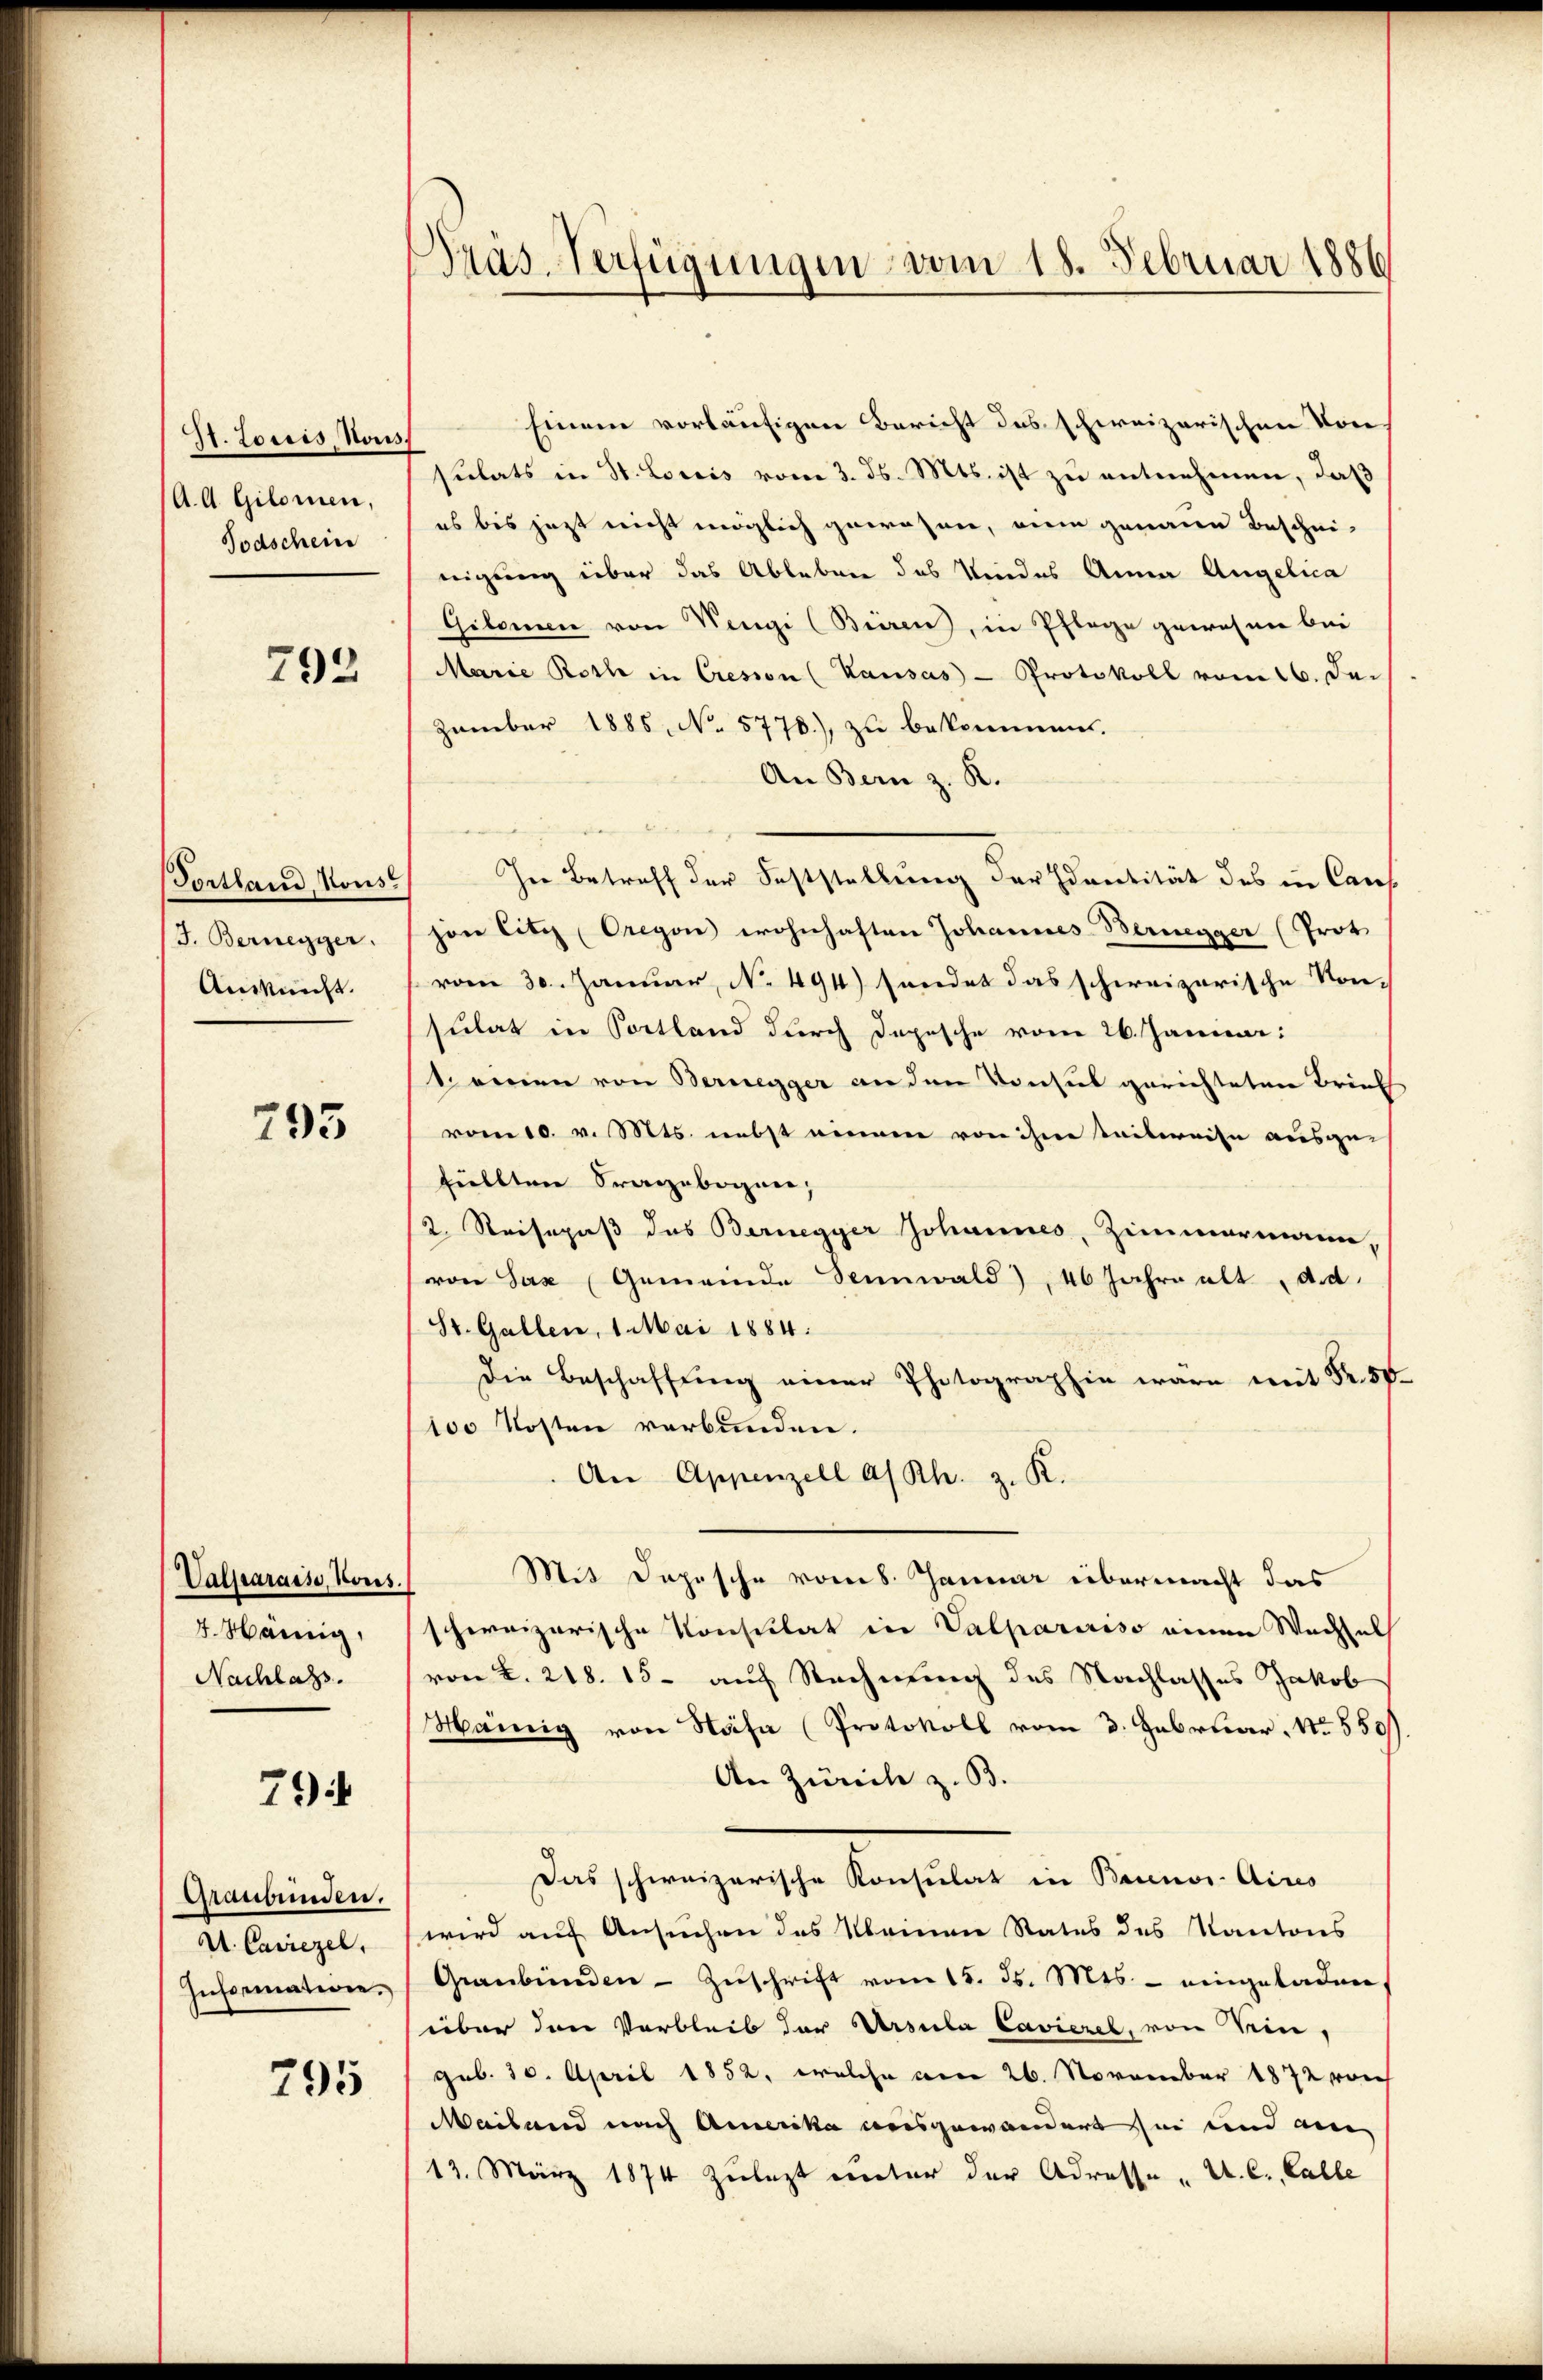
St. Louis, Nous.
A. A. Gilomen,
Todschein

792

Portland, Konst
/J. Bernegger.
Ansucht.

793

Valfrarasse, Vors.
5. Mainig,
Nachlass.

79

Graubünden.
U. Casiezel,
Information.

795

s
Präs. Verfügungen vom 18. Februar 1886

Einem vorläufigen Bericht das schweizerischen Vor
sulats in St. Loriis vom 3. ds. Mts. ist zu entnehmen, daß
es bis jezt nicht möglich gewesen, wenn genaue Beschei-
nigung über das Ableben des Kindes Anna Angelica
Gilomen von Wengi (Biiren, in Pflege gewesen bei
Marie Roth in Cresson (Kausas - Protokoll vom 16. De
zember 1885, No 5778.), zu bekommen.
An Bern z. R.
In Betreff der Feststellung der Identität des in Cant
hon litz (Oregen wohnhaften Johannes-Bernegger (Prot
vom 30. Januar, No. 494) sendet das schweizerische Konsulat in Portland durch Depesche vom 26. Januar:
t einen von Bernegger an den Konsul gerichteten Brief
vom 10. v. Mts. nebst einem von ihne seitereise ausge-
fiellten Fragebogen,
2. Reisepaß das Bernegger Johannes, Zimmermann,
von Sax Gemeinde Sennwald), 46 Jahre alt d.d.
(St. Gallen, 1. Mai 1884.
Die Beschaffung einer Photographie wäre mit Fr. 50.
tos Kosten verbunden.
An Appenzell a/Rh. z. R.
Mit Depesche vom 8. Januar übermacht das
schweizerische Konsulat in Valpaririso einen Wachsel
von 2. 218. 15 - auf Rechnung des Nachlasses Jakob
Mannig von Nähe (Protokoll vom 3. Februar. No 550.
An Zürich z. B.
Das schweizerische Konsulat in Bannos Aires
wird auf Ansuchen des Kleinen Rates des Kantons
Graubünden - Zuschrift vom 15. ds. Mts. - eingeladen
über den Verbleib der Ursula Cavierel, von Sein
geb. 10. April 1852, welche am 26. November 1872 von
Mailand nach Amerika ausgewandert sei und ein
13. März 1874 Zulezt unter der Adresse - A. C. Galle